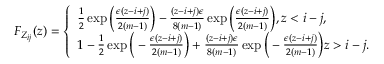
\begin{array} { r } { F _ { Z _ { i j } } ( z ) = \left\{ \begin{array} { l l } { \frac { 1 } { 2 } \exp \Big ( \frac { \epsilon ( z - i + j ) } { 2 ( m - 1 ) } \Big ) - \frac { ( z - i + j ) \epsilon } { 8 ( m - 1 ) } \exp \Big ( \frac { \epsilon ( z - i + j ) } { 2 ( m - 1 ) } \Big ) , z < i - j , } \\ { 1 - \frac { 1 } { 2 } \exp \Big ( - \frac { \epsilon ( z - i + j ) } { 2 ( m - 1 ) } \Big ) + \frac { ( z - i + j ) \epsilon } { 8 ( m - 1 ) } \exp \Big ( - \frac { \epsilon ( z - i + j ) } { 2 ( m - 1 ) } \Big ) z > i - j . } \end{array} \right. } \end{array}